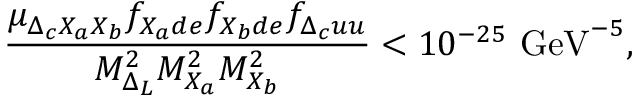
{ \frac { \mu _ { \Delta _ { c } X _ { a } X _ { b } } f _ { X _ { a } d e } f _ { X _ { b } d e } f _ { \Delta _ { c } u u } } { M _ { \Delta _ { L } } ^ { 2 } M _ { X _ { a } } ^ { 2 } M _ { X _ { b } } ^ { 2 } } } < 1 0 ^ { - 2 5 } ~ \mathrm { G e V } ^ { - 5 } ,